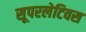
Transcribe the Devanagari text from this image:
सूपरलेटिवस